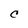
Character: C